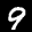
Label: 9